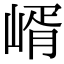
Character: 𡹲